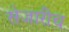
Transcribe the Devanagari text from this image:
सेजारीच